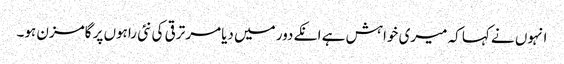
انہوں نے کہا کہ میری خواہش ہے انکے دور میں دیامر ترقی کی نئی راہوں پر گامزن ہو۔